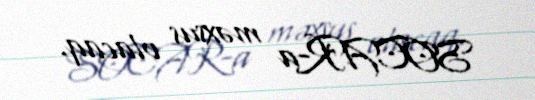
SOCAR-a məxsus olacaq.